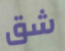
شق